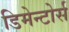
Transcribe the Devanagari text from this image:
डिमेन्टोर्स